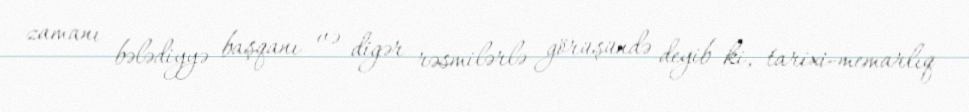
zamanı bələdiyyə başqanı və digər rəsmilərlə görüşündə deyib ki, tarixi-memarlıq